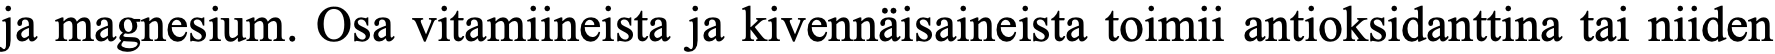
ja magnesium. Osa vitamiineista ja kivennäisaineista toimii antioksidanttina tai niiden